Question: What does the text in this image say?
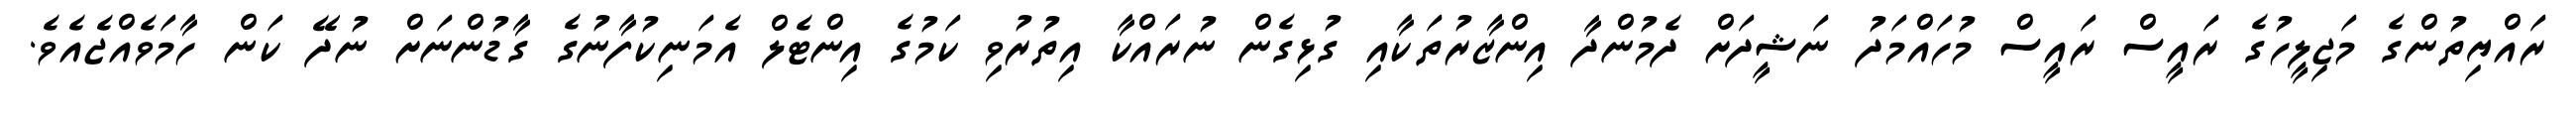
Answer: ރައްޔިތުންގެ މަޖިލީހުގެ ރައީސް ރައީސް މުހައްމަދު ނަޝީދަށް ދެމުންދާ އިންޒާރުތަކާއި ގުޅިގެން ނުރައްކާ އިތުރުވި ކަމުގެ އިންޓެލް އެމަނިކުފާނުގެ ގާޑުންނަށް ނުދޭ ކަން ހާމަވެއްޖެއެވެ.